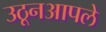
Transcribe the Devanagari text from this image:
उठूनआपले